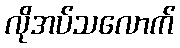
လိုအပ်သလောက်